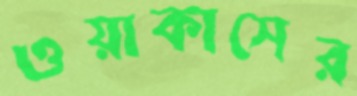
ওয়াকাসের